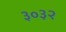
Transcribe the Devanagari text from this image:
३०३२